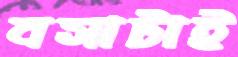
বসাটাই